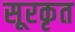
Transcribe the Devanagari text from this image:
सूरकृत